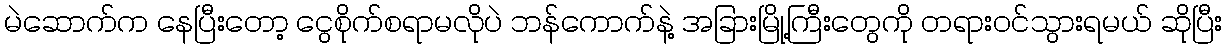
မဲဆောက်က နေပြီးတော့ ငွေစိုက်စရာမလိုပဲ ဘန်ကောက်နဲ့ အခြားမြို့ကြီးတွေကို တရားဝင်သွားရမယ် ဆိုပြီး